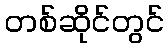
တစ်ဆိုင်တွင်